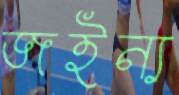
জইন্য